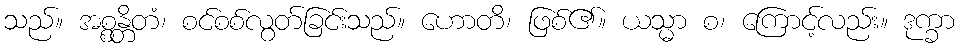
သည်။ အစ္စန္တိတံ၊ စင်စစ်လွတ်ခြင်းသည်။ ဟောတိ၊ ဖြစ်၏။ ယသ္မာ စ၊ ကြောင့်လည်း။ ဒုက္ခာ